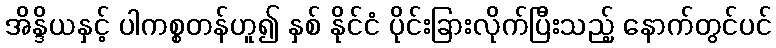
အိန္ဒိယနှင့် ပါကစ္စတန်ဟူ၍ နှစ် နိုင်ငံ ပိုင်းခြားလိုက်ပြီးသည့် နောက်တွင်ပင်